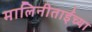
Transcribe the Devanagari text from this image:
मालिनीताईंच्या